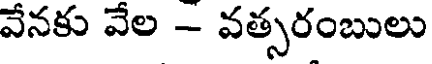
వేనకు వేల - వత్సరంబులు